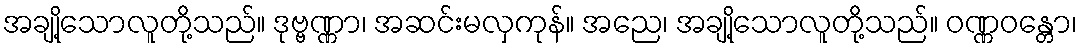
အချို့သောလူတို့သည်။ ဒုဗ္ဗဏ္ဏာ၊ အဆင်းမလှကုန်။ အညေ၊ အချို့သောလူတို့သည်။ ဝဏ္ဏဝန္တော၊